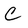
Character: C